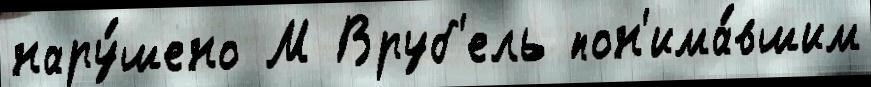
нару́шено М Вруб'ель пон'има́вшим